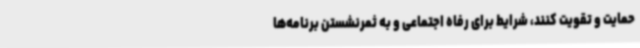
حمایت و تقویت کنند، شرایط برای رفاه اجتماعی و به ثمرنشستن برنامه‌ها